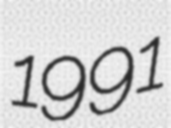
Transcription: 1991